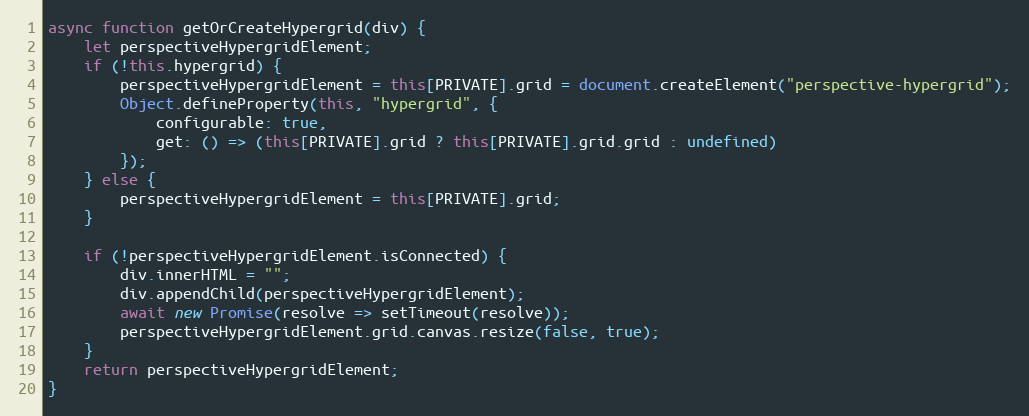
Language: JavaScript
async function getOrCreateHypergrid(div) {
    let perspectiveHypergridElement;
    if (!this.hypergrid) {
        perspectiveHypergridElement = this[PRIVATE].grid = document.createElement("perspective-hypergrid");
        Object.defineProperty(this, "hypergrid", {
            configurable: true,
            get: () => (this[PRIVATE].grid ? this[PRIVATE].grid.grid : undefined)
        });
    } else {
        perspectiveHypergridElement = this[PRIVATE].grid;
    }

    if (!perspectiveHypergridElement.isConnected) {
        div.innerHTML = "";
        div.appendChild(perspectiveHypergridElement);
        await new Promise(resolve => setTimeout(resolve));
        perspectiveHypergridElement.grid.canvas.resize(false, true);
    }
    return perspectiveHypergridElement;
}